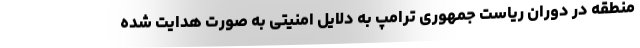
منطقه در دوران ریاست جمهوری ترامپ به دلایل امنیتی به صورت هدایت شده